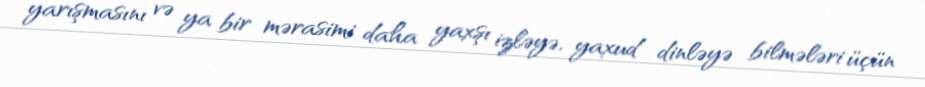
yarışmasını və ya bir mərasimi daha yaxşı izləyə, yaxud dinləyə bilmələri üçün